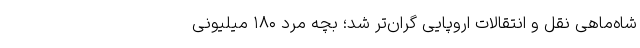
شاه‌ماهی نقل و انتقالات اروپایی گران‌تر شد؛ بچه ‌مردِ ۱۸۰ میلیونی